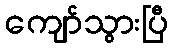
ကျော်သွားပြီ